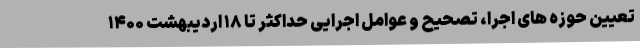
تعیین حوزه های اجرا، تصحیح و عوامل اجرایی حداکثر تا ۱۸ اردیبهشت ۱۴۰۰